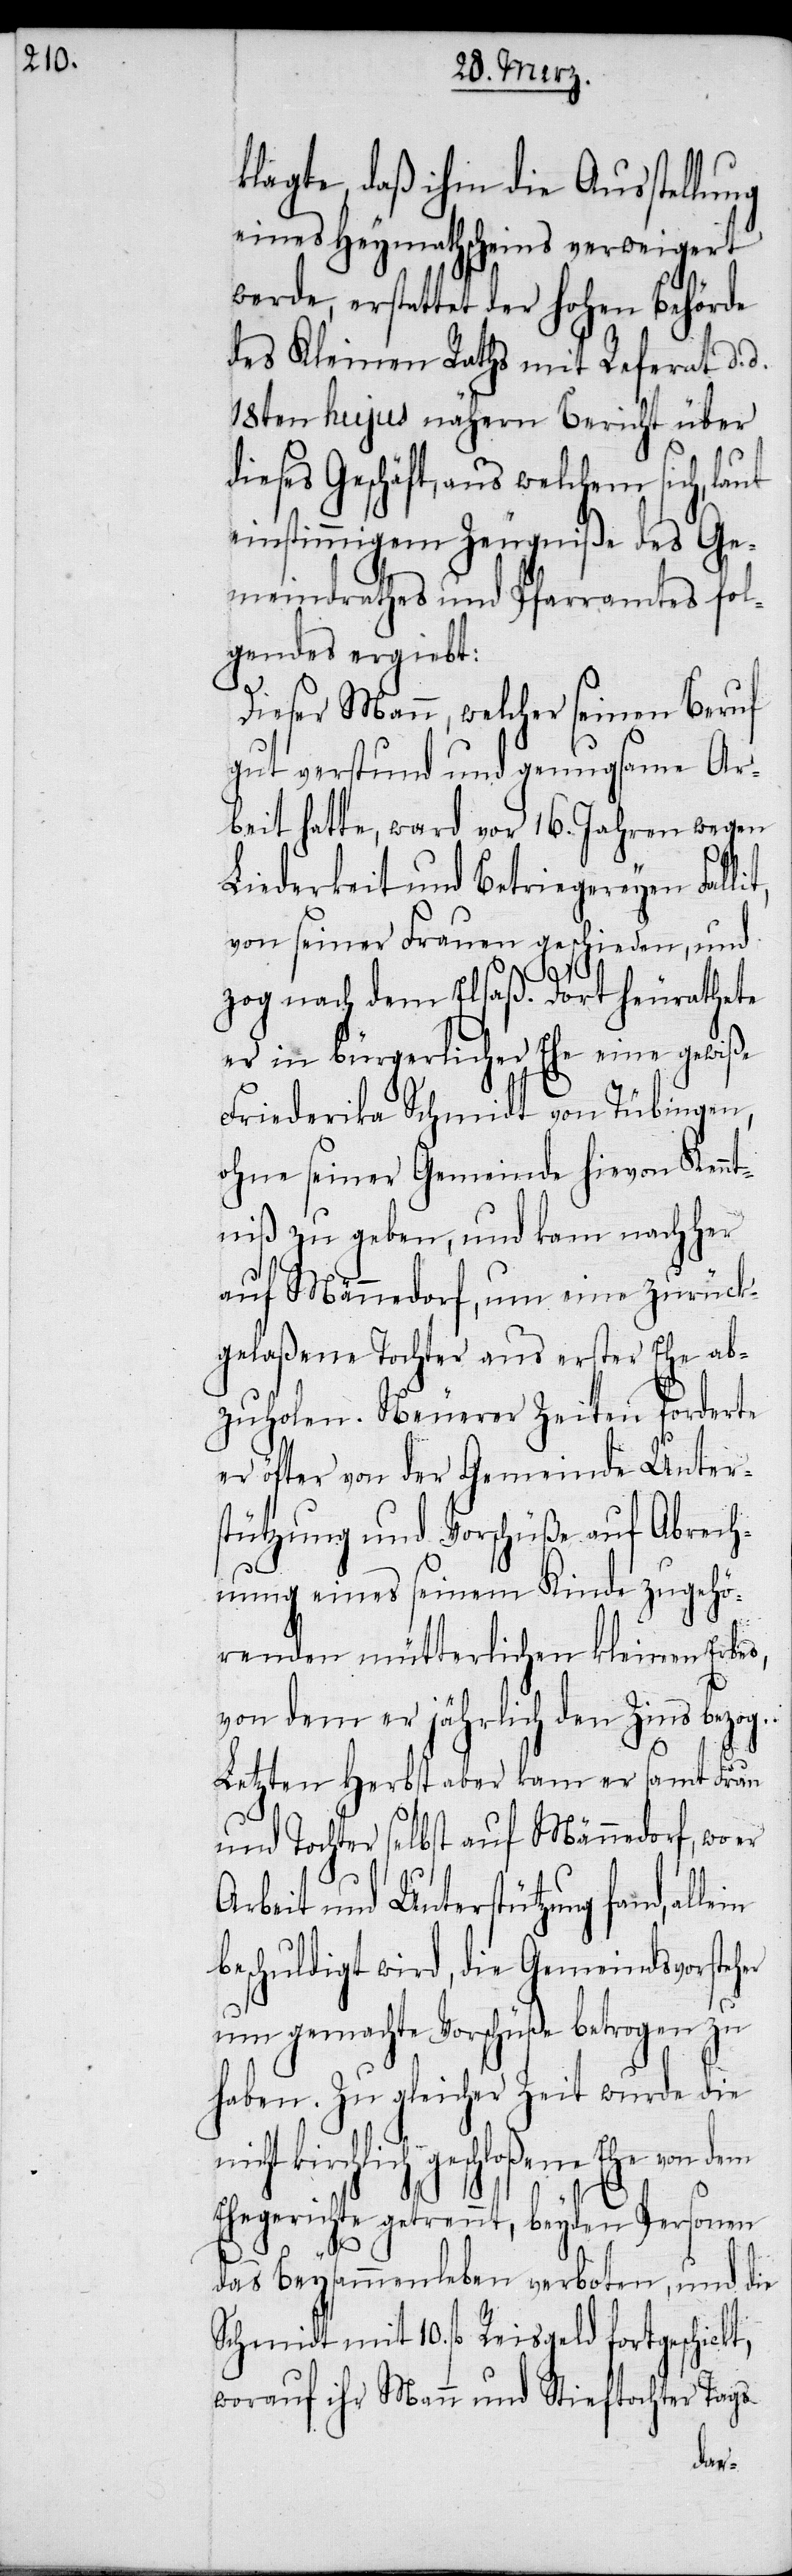
klagte, daß ihm die Ausstellung
eines Heymathscheins verweigert
werde, erstattet der hohen Behörde
des Kleinen Raths mit Referat d.
18ten hujus nähern Bericht über
dieses Geschäft, aus welchem sich, laut
einstimmigem Zeugniße des Ge¬
meindrathes und Pfarramtes fol¬
gendes ergiebt:
Dieser Mann, welcher seinen Beruf
gut verstund und genugsame Ar¬
beit hatte, ward vor 16. Jahren wegen
Liederkeit und Betriegereyen Falli¬
von seiner Frauen geschieden, und
zog nach dem Elsaß. Dort heurathete
er in bürgerlicher Ehe eine gewiße
Friederika Schmidt von Tübingen,
ohne seiner Gemeinde hievon Kennt¬
niß zu geben, und kam nachher
auf Männedorf, um eine zurück¬
gelaßene Tochter aus erster Ehe ab¬
zuholen. Neuerer Zeiten forderte
er öfter von der Gemeinde Unter¬
stützung und Vorschüße auf Abrech¬
nung eines seinem Kinde zugehö¬
renden mütterlichen kleinen Erbes,
von dem er jährlich den Zins bezog.
Letzten Herbst aber kam er samt Frau
und Tochter selbst auf Männedorf, wo
Arbeit und Unterstützung fand,
beschuldigt wird, die Gemeindsvorsteh¬
um gemachte Vorschüße betrogen zu
haben. Zu gleicher Zeit wurde die
kirchlich geschloßene Ehe von dem
Ehegerichte getrennt, beyden Personen
das Beysammenleben verboten, und die
Schmidt mit 10. fl Reisgeld fortgeschickt,
worauf ihr Mann und Stieftochter Tags
er